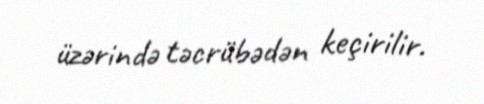
üzərində təcrübədən keçirilir.